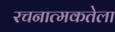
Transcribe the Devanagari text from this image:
रचनात्मकतेला